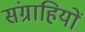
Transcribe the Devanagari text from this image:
संग्राहियों